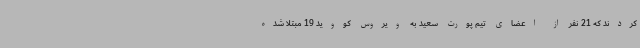
کردند که 21 نفر از اعضای تیم پورت سعید به ویروس کووید 19 مبتلا شده